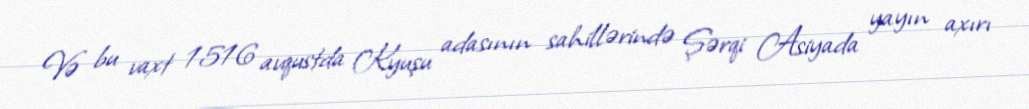
Və bu vaxt 1516 avqustda Kyuşu adasının sahillərində Şərqi Asiyada yayın axırı